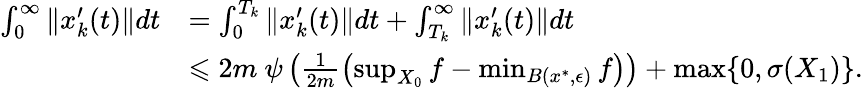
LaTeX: \begin{array}{rl}{\int_{0}^{\infty}\| x_{k}^{\prime}(t)\| dt}&{=\int_{0}^{T_{k}}\| x_{k}^{\prime}(t)\| dt+\int_{T_{k}}^{\infty}\| x_{k}^{\prime}(t)\| dt}\\ &{\leqslant 2m~\psi\left(\frac{1}{2m}\left(\operatorname*{sup}_{X_{0}}f-\operatorname*{min}_{B(x^{*},\epsilon)}f\right)\right)+\operatorname*{max}\{ 0,\sigma(X_{1})\} .}\end{array}